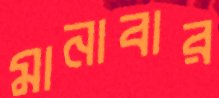
মানাবার